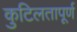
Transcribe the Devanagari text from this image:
कुटिलतापूर्ण